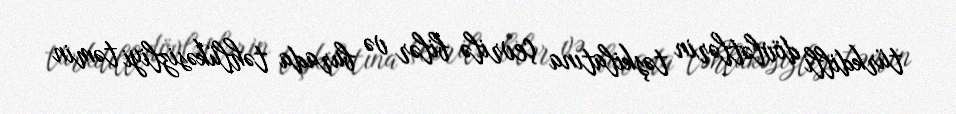
türkdilli dövlətlərin təşkilatına çevrilə bilər və burada təhlükəsizliyi təmin